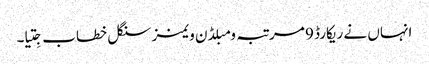
انہاں نے ریکارڈ 9 مرتبہ ومبلڈن ویمنز سنگل خطاب جِتیا۔